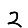
Digit: 2